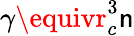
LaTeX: \gamma\equivr_{c}^{3}\mathsf{n}